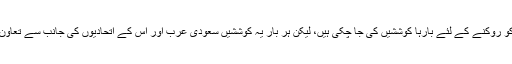
یاد رہے کہ اب تک یمن کی جنگ کو روکنے کے لئے بارہا کوششیں کی جا چکی ہیں، لیکن ہر بار یہ کوششیں سعودی عرب اور اس کے اتحادیوں کی جانب سے تعاون نہ کرنے وجہ سے ناکام ہوئی ہیں۔